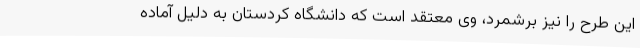
این طرح را نیز برشمرد، وی معتقد است که دانشگاه کردستان به دلیل آماده